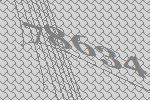
78634